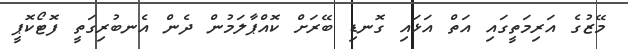
މޭޒުގެ އަރިމަތީގައި އަތް އަޅައި ގޮނޑި ބޭރަށް ކޮއްޕާލަމުން ދެން އެނބުރިގަތީ ފޮޓޯކޮޕީ